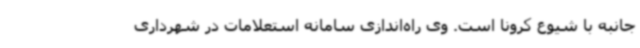
جانبه با شیوع کرونا است. وی راه‌اندازی سامانه استعلامات در شهرداری